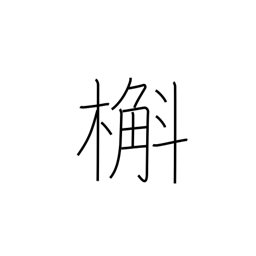
Meaning: oak